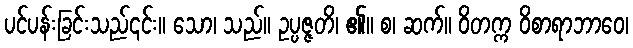
ပင်ပန်းခြင်းသည်၎င်း။ သော၊ သည်။ ဥပ္ပဇ္ဇတိ၊ ၏။ စ၊ ဆက်။ ဝိတက္က ဝိစာရာဘာဝေ၊